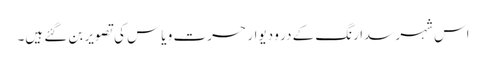
اس شہر سدا رنگ کے در و دیوار حسرت و یاس کی تصویر بن گئے ہیں۔